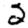
Digit: 2